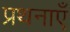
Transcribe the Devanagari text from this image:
प्रथनाएँ